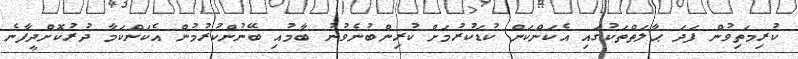
ކުރިމަތިވުން ފަދަ ޙާލަތްތަކުގައި އެކަންކަން ކުޑަކުރުމަށް ކުރިންބުނެވުނު ބާމުއި ބޭނުންކުރުމުން އެކަންކަމާ ދުރުކޮށްދީފާނެ